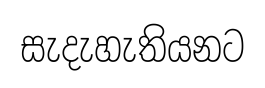
සැදැහැතියනට